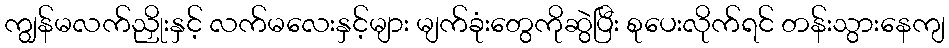
ကျွန်မလက်ညှိုးနှင့် လက်မလေးနှင့်များ မျက်ခုံးတွေကိုဆွဲပြီး စုပေးလိုက်ရင် တန်းသွားနေကျ